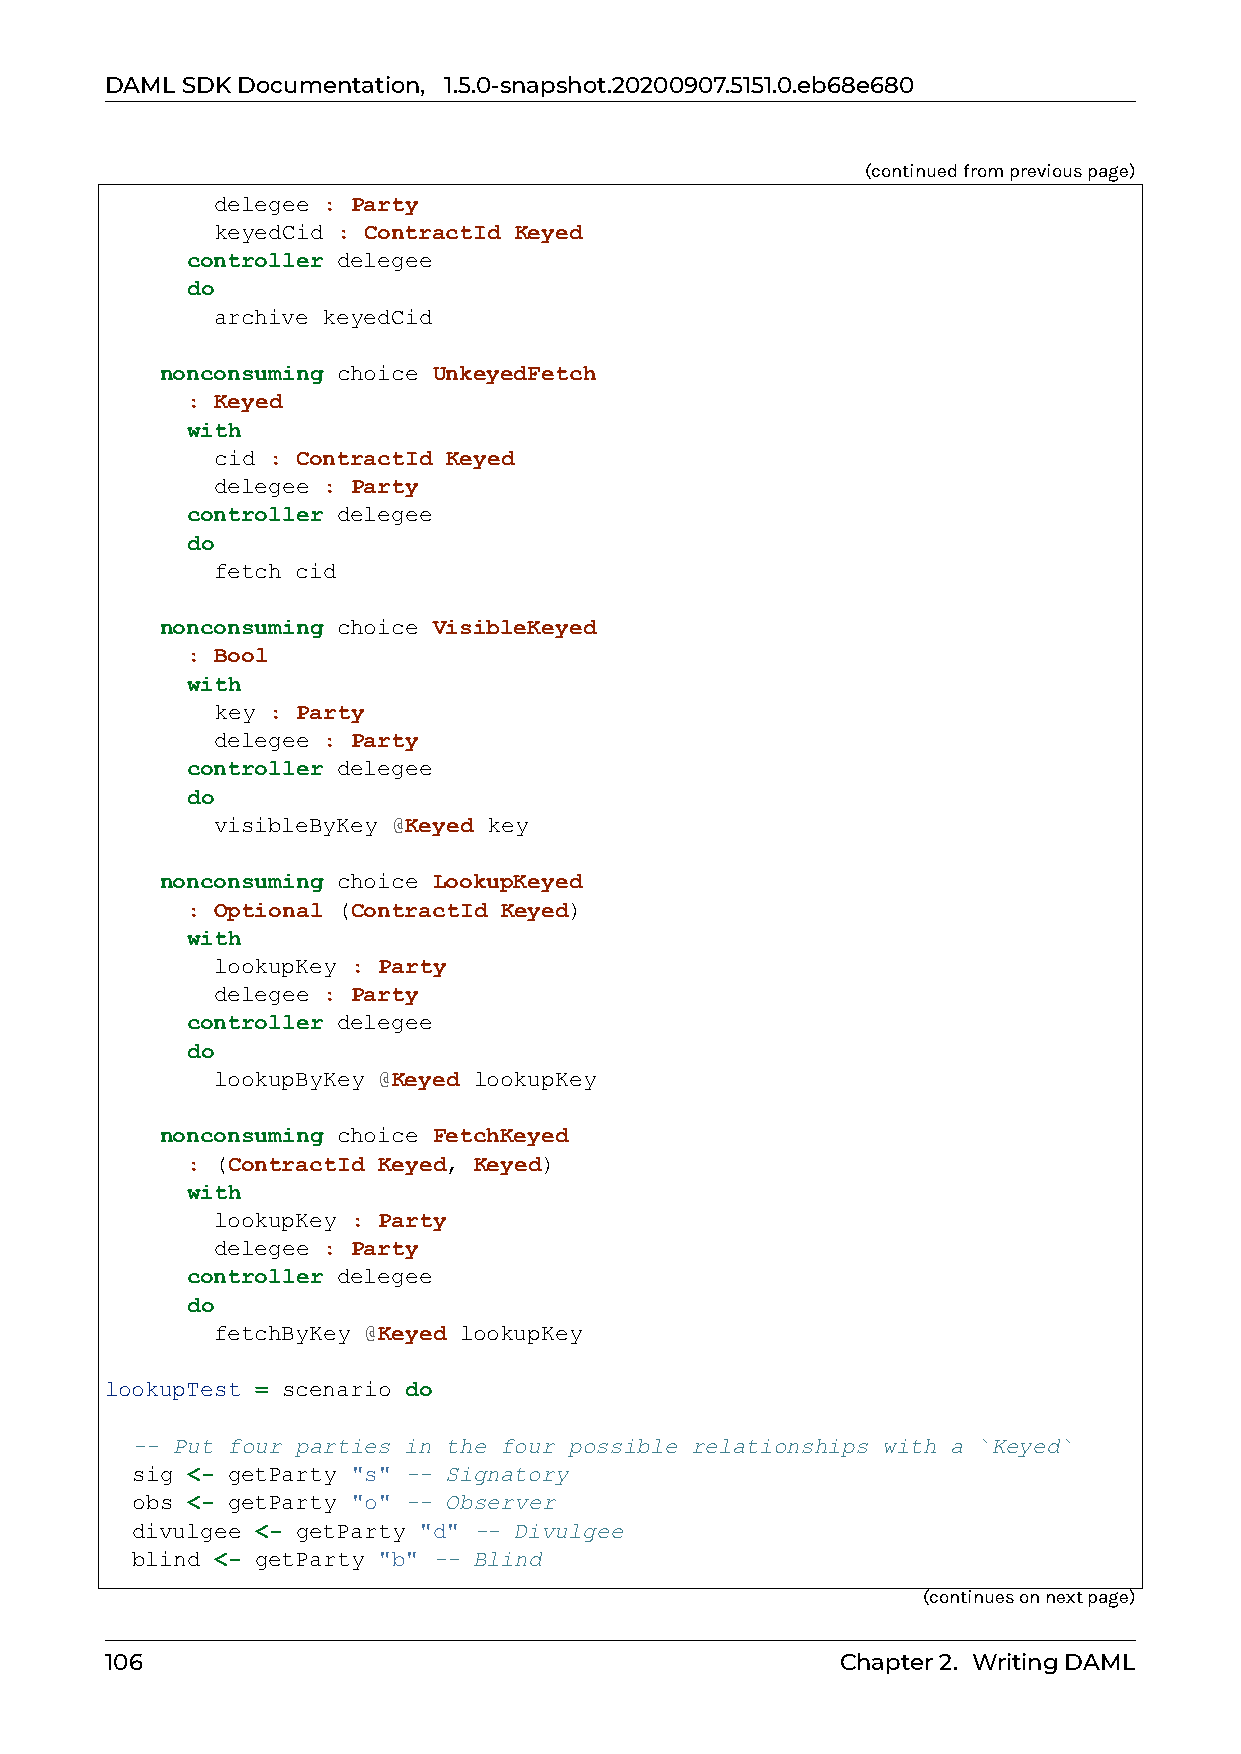
DAMLSDKDocumentation, 1.5.0-snapshot.20200907.5151.0.eb68e680
 (continuedfrompreviouspage)
 delegee : Party
 keyedCid : ContractId Keyed
 controller delegee
 do
 archive keyedCid
 nonconsuming choice UnkeyedFetch
 : Keyed
 with
 cid : ContractId Keyed
 delegee : Party
 controller delegee
 do
 fetch cid
 nonconsuming choice VisibleKeyed
 : Bool
 with
 key : Party
 delegee : Party
 controller delegee
 do
 visibleByKey @Keyed key
 nonconsuming choice LookupKeyed
 : Optional (ContractId Keyed)
 with
 lookupKey : Party
 delegee : Party
 controller delegee
 do
 lookupByKey @Keyed lookupKey
 nonconsuming choice FetchKeyed
 : (ContractId Keyed, Keyed)
 with
 lookupKey : Party
 delegee : Party
 controller delegee
 do
 fetchByKey @Keyed lookupKey
 lookupTest = scenario do
 -- Put four parties in the four possible relationships with a `Keyed`
 sig <- getParty "s" -- Signatory
 obs <- getParty "o" -- Observer
 divulgee <- getParty "d" -- Divulgee
 blind <- getParty "b" -- Blind
 (continuesonnextpage)
 106                                              Chapter2. WritingDAML